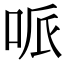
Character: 哌